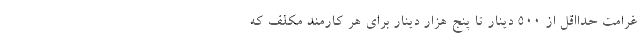
غرامت حدااقل از ۵۰۰ دینار تا پنج هزار دینار برای هر کارمند مکلف که